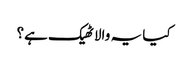
کیا یہ والا ٹھیک ہے؟